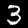
Label: 3